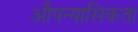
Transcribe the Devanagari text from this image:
औपन्यासिकता